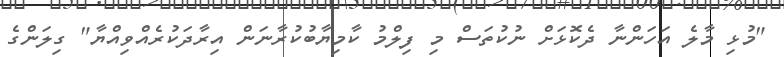
"މުޅި މާލެ އަހަންނާ ދެކޮޅަށް ނުކުތަސް މި ފިލްމު ކާމިޔާބުކުރާނަން އިރާދަކުރެއްވިއްޔާ" ގިލަންގެ